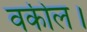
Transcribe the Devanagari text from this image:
वकील।